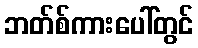
ဘတ်စ်ကားပေါ်တွင်